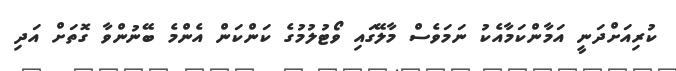
ކުރިއަށްދަނީ އަމާންކަމާއެކު ނަމަވެސް މާލޭގައި ވޯޓުލުމުގެ ކަންކަން އެންމެ ބޭނުންވާ ގޮތަށް އަދި